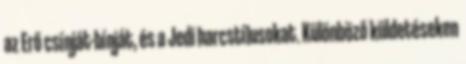
az Erő csínját-bínját, és a Jedi harcstílusokat. Különböző küldetéseken